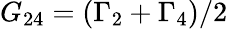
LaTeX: {G_{24}}=({\Gamma_{2}}+{\Gamma_{4}})/2